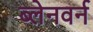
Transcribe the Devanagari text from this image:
ब्लेनवर्न